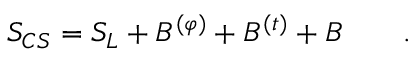
S _ { C S } = S _ { L } + { \cal B } ^ { ( \varphi ) } + { \cal B } ^ { ( t ) } + B \qquad .